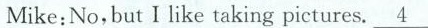
Mike:No, but I like taking pictures.\underline{4}